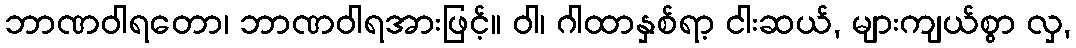
ဘာဏဝါရတော၊ ဘာဏဝါရအားဖြင့်။ ဝါ၊ ဂါထာနှစ်ရာ့ ငါးဆယ်, များကျယ်စွာ လှ,